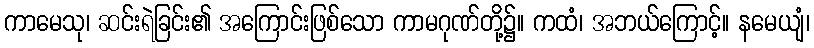
ကာမေသု၊ ဆင်းရဲခြင်း၏ အကြောင်းဖြစ်သော ကာမဂုဏ်တို့၌။ ကထံ၊ အဘယ်ကြောင့်။ နမေယျံ၊